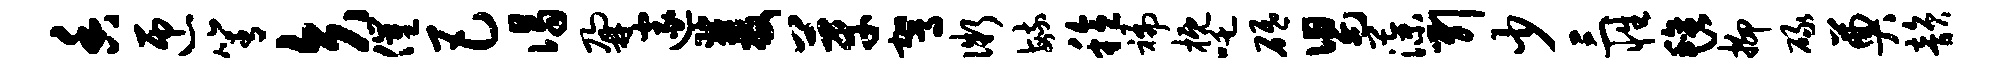
香匝箐矢催巴谒鼐邃双芽驾微毓稔褊概吒砥舄藻引少三性毡抑碌奠韵